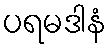
ပရမဒါနံ